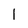
Character: 1